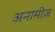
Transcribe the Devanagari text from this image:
अनामीज़